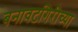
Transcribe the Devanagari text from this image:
बनावटगिरीच्या